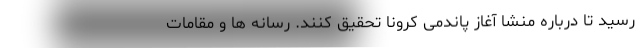
رسید تا درباره منشا آغاز پاندمی کرونا تحقیق کنند. رسانه ها و مقامات